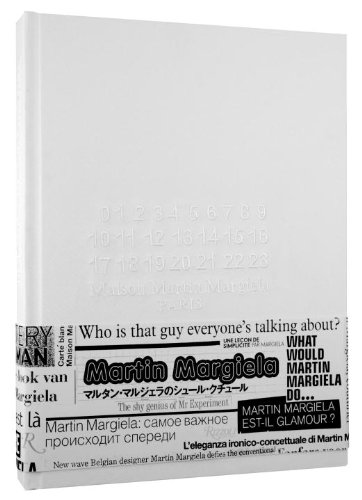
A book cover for Maison Martin Margiela; Maison Martin Margiela; Arts & Photography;